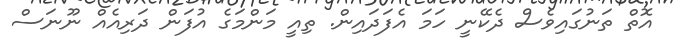
އޮތް ތަނުގައިވެސް ދެކޭނީ ހަމަ އެފަދައިން. ތިއީ މަންމަގެ އުފަން ދަރިއެއް ނޫނަސް